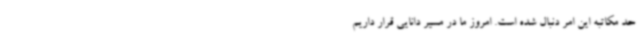
حد مکاتبه این امر دنبال شده است. امروز ما در مسیر دانایی قرار داریم